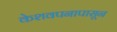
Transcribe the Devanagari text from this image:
केशवपनापासून